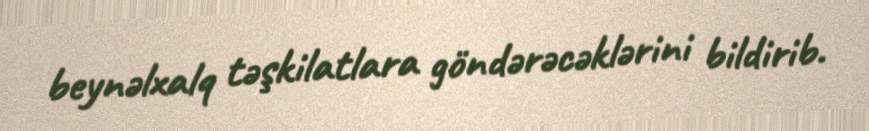
beynəlxalq təşkilatlara göndərəcəklərini bildirib.